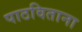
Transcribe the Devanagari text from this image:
पाठविताना